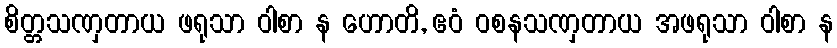
စိတ္တသဏှတာယ ဖရုသာ ဝါစာ န ဟောတိ, ဧဝံ ဝစနသဏှတာယ အဖရုသာ ဝါစာ န